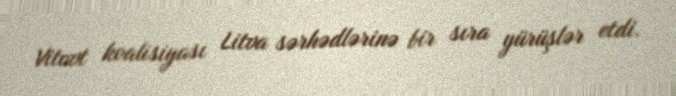
Vitovt koalisiyası Litva sərhədlərinə bir sıra yürüşlər etdi.